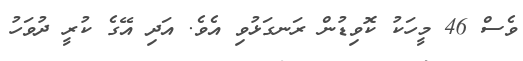
ވެސް 46 މީހަކު ކޮވިޑުން ރަނގަޅުވި އެވެ. އަދި އޭގެ ކުރީ ދުވަހު